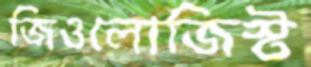
জিওলোজিস্ট